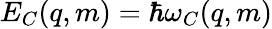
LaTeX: E_{C}(q,m)=\hbar\omega_{C}(q,m)